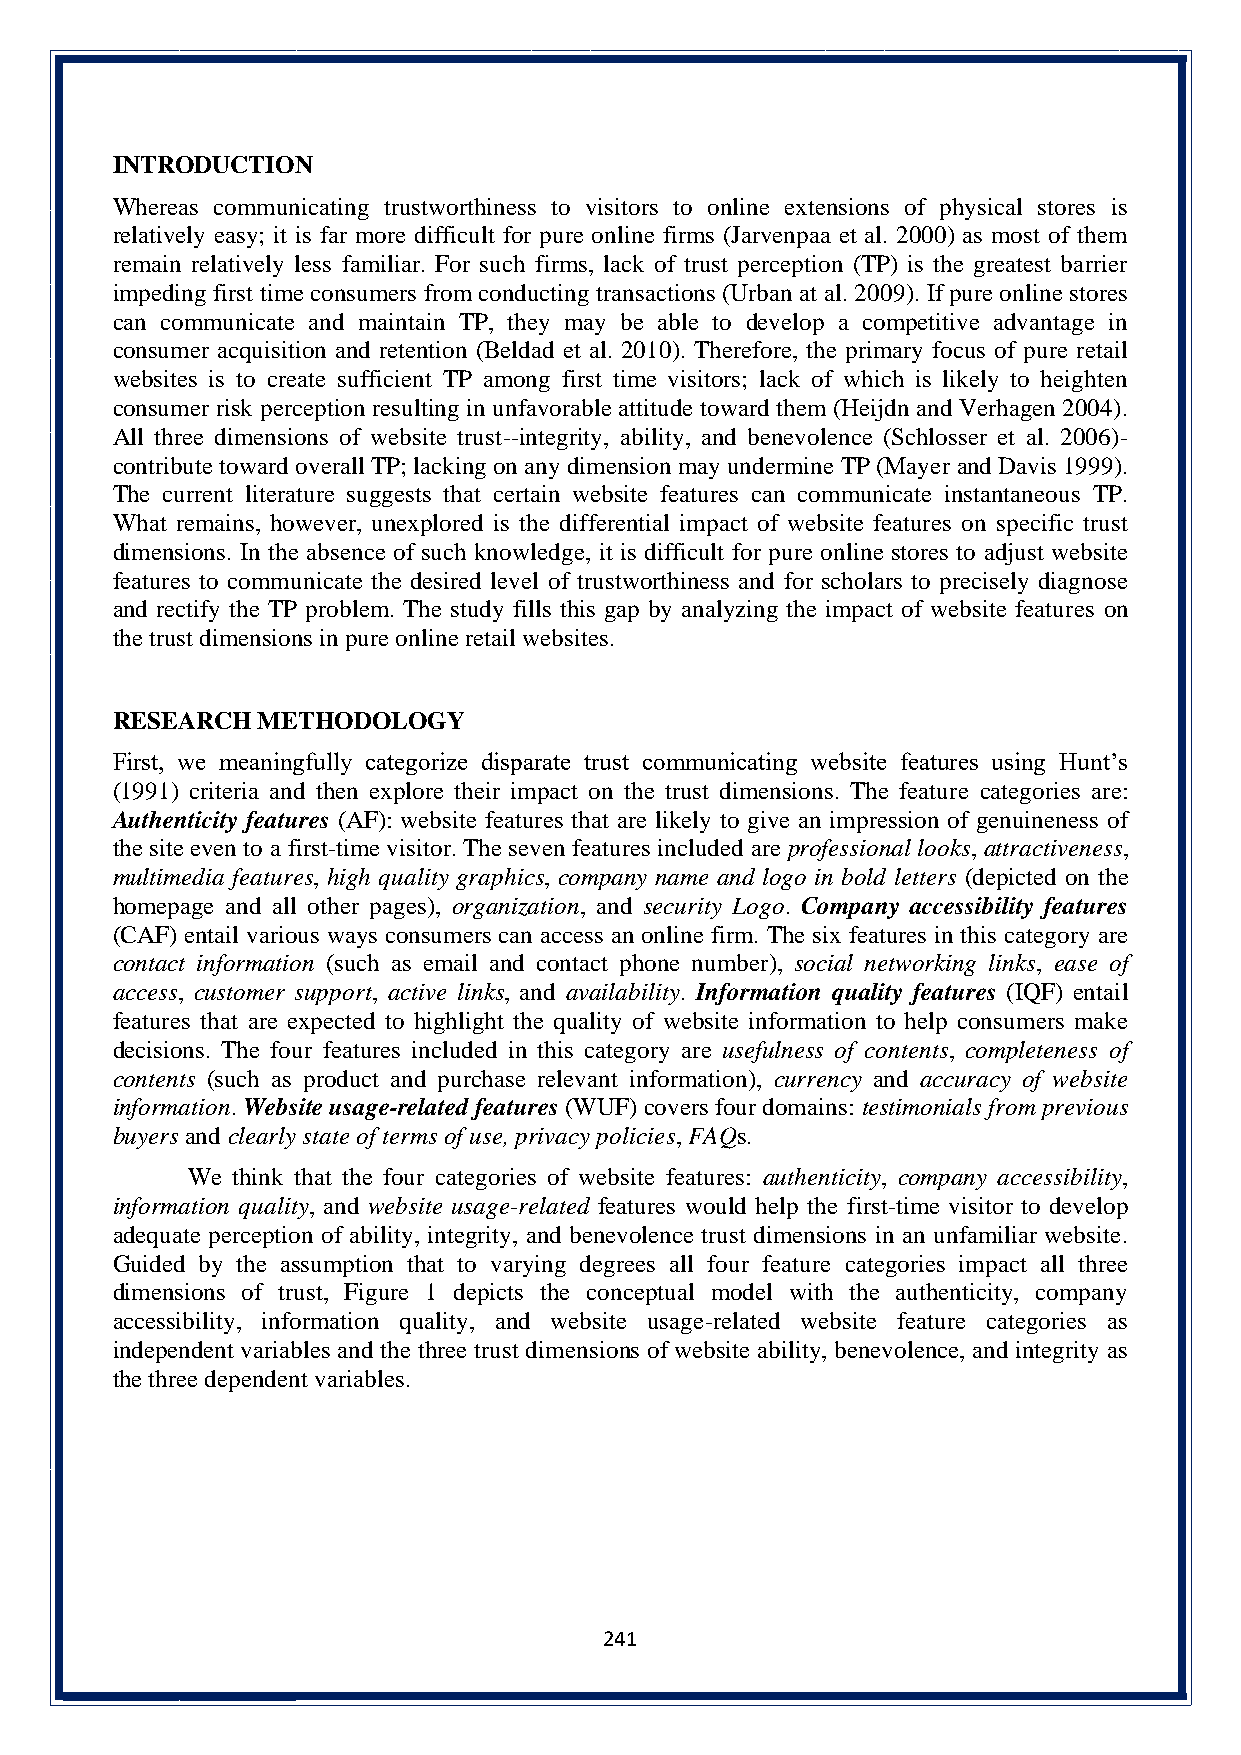
INTRODUCTION
 Whereas communicating trustworthiness to visitors to online extensions of physical stores is
 relatively easy; it is far more difficult for pure online firms (Jarvenpaa et al. 2000) as most of them
 remain relatively less familiar. For such firms, lack of trust perception (TP) is the greatest barrier
 impeding first time consumers from conducting transactions (Urban at al. 2009). If pure online stores
 can communicate and maintain TP, they may be able to develop a competitive advantage in
 consumer acquisition and retention (Beldad et al. 2010). Therefore, the primary focus of pure retail
 websites is to create sufficient TP among first time visitors; lack of which is likely to heighten
 consumer risk perception resulting in unfavorable attitude toward them (Heijdn and Verhagen 2004).
 All three dimensions of website trust--integrity, ability, and benevolence (Schlosser et al. 2006)-
 contribute toward overall TP; lacking on any dimension may undermine TP (Mayer and Davis 1999).
 The current literature suggests that certain website features can communicate instantaneous TP.
 What remains, however, unexplored is the differential impact of website features on specific trust
 dimensions. In the absence of such knowledge, it is difficult for pure online stores to adjust website
 features to communicate the desired level of trustworthiness and for scholars to precisely diagnose
 and rectify the TP problem. The study fills this gap by analyzing the impact of website features on
 the trust dimensions in pure online retail websites.
 RESEARCH  METHODOLOGY
 First, we meaningfully categorize disparate trust communicating website features using Hunt’s
 (1991) criteria and then explore their impact on the trust dimensions. The feature categories are:
 Authenticity features (AF): website features that are likely to give an impression of genuineness of
 the site even to a first-time visitor. The seven features included are professional looks, attractiveness,
 multimedia features, high quality graphics, company name and logo in bold letters (depicted on the
 homepage and all other pages), organization, and security Logo. Company accessibility features
 (CAF) entail various ways consumers can access an online firm. The six features in this category are
 contact information (such as email and contact phone number), social networking links, ease of
 access, customer support, active links, and availability. Information quality features (IQF) entail
 features that are expected to highlight the quality of website information to help consumers make
 decisions. The four features included in this category are usefulness of contents, completeness of
 contents (such as product and purchase relevant information), currency and accuracy of website
 information. Website usage-related features (WUF) covers four domains: testimonials from previous
 buyers and clearly state of terms of use, privacy policies, FAQs.
 We think that the four categories of website features: authenticity, company accessibility,
 information quality, and website usage-related features would help the first-time visitor to develop
 adequate perception of ability, integrity, and benevolence trust dimensions in an unfamiliar website.
 Guided by the assumption that to varying degrees all four feature categories impact all three
 dimensions of trust, Figure 1 depicts the conceptual model with the authenticity, company
 accessibility, information quality, and website usage-related website feature categories as
 independent variables and the three trust dimensions of website ability, benevolence, and integrity as
 the three dependent variables.
 241